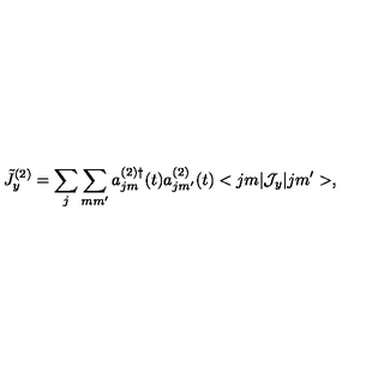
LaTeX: \tilde { J } _ { y } ^ { ( 2 ) } = \sum _ { j } \sum _ { m m ^ { \prime } } a _ { j m } ^ { ( 2 ) \dag } ( t ) a _ { j m ^ { \prime } } ^ { ( 2 ) } ( t ) < j m | { \cal J } _ { y } | j m ^ { \prime } > ,